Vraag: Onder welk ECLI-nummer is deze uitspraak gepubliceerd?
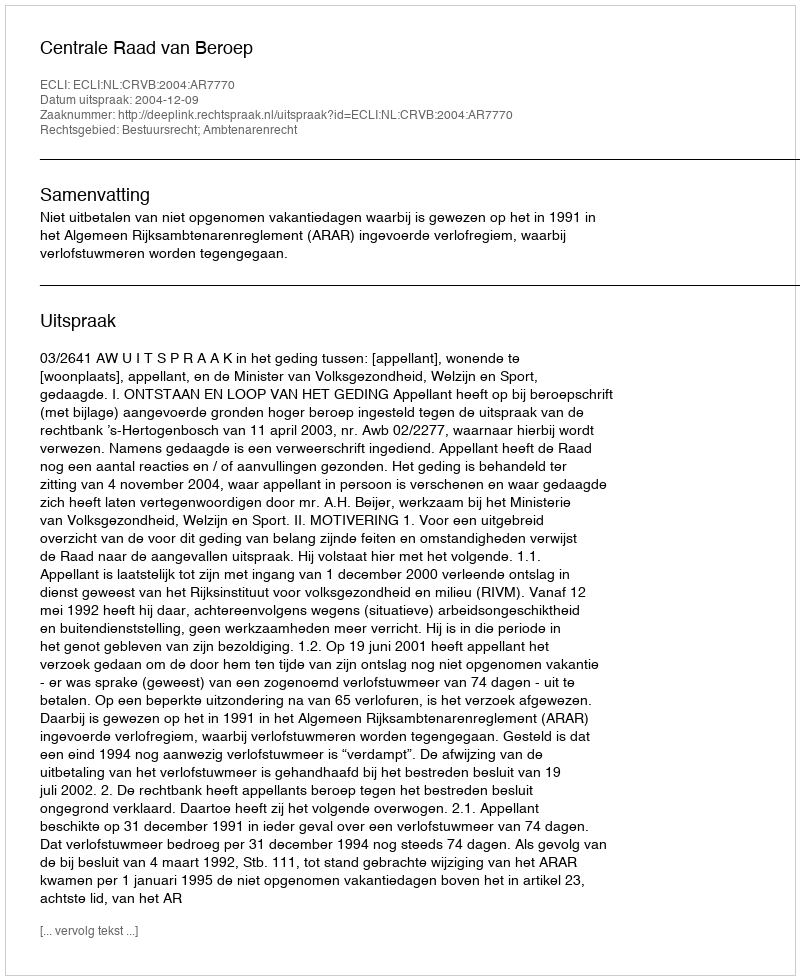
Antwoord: ECLI:NL:CRVB:2004:AR7770